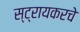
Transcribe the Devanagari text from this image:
स्ट्रायकरचे